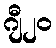
ဂျီ၂၀